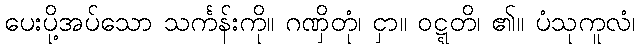
ပေးပို့အပ်သော သင်္ကန်းကို။ ဂဏှိတုံ၊ ငှာ။ ဝဋ္ဋတိ၊ ၏။ ပံသုကူလံ၊